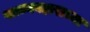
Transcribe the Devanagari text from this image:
पत्रव्यवहाराच्या